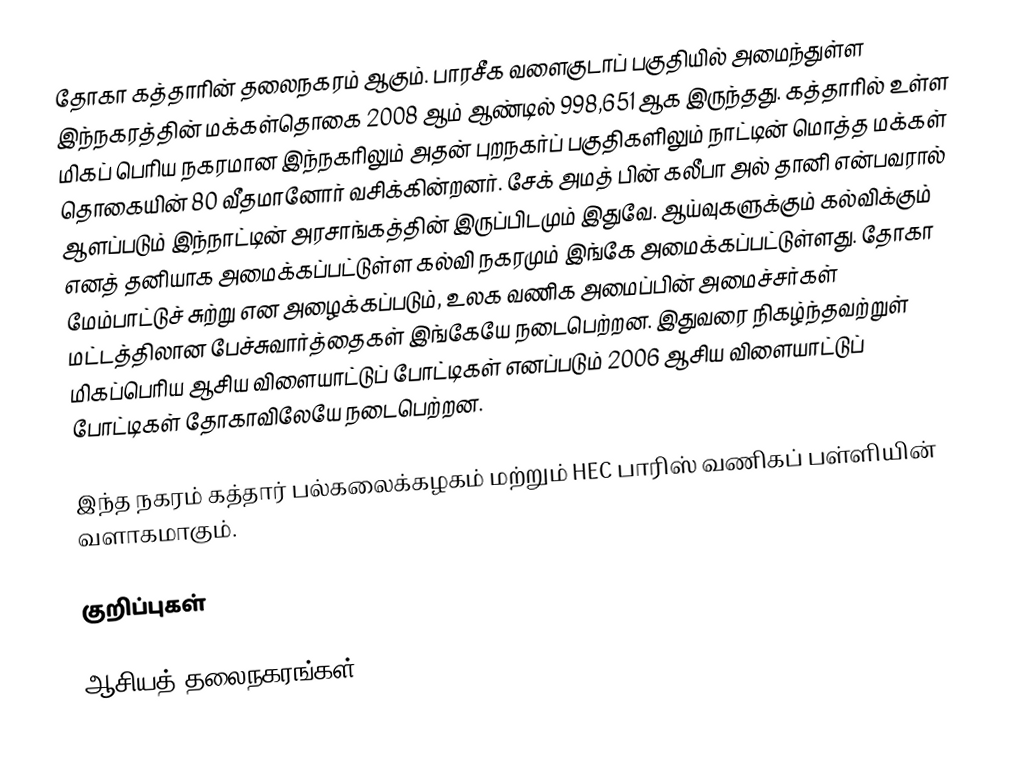
தோகா கத்தாரின் தலைநகரம் ஆகும். பாரசீக வளைகுடாப் பகுதியில் அமைந்துள்ள இந்நகரத்தின் மக்கள்தொகை 2008 ஆம் ஆண்டில் 998,651 ஆக இருந்தது. கத்தாரில் உள்ள மிகப் பெரிய நகரமான இந்நகரிலும் அதன் புறநகர்ப் பகுதிகளிலும் நாட்டின் மொத்த மக்கள் தொகையின் 80 வீதமானோர் வசிக்கின்றனர். சேக் அமத் பின் கலீபா அல் தானி என்பவரால் ஆளப்படும் இந்நாட்டின் அரசாங்கத்தின் இருப்பிடமும் இதுவே. ஆய்வுகளுக்கும் கல்விக்கும் எனத் தனியாக அமைக்கப்பட்டுள்ள கல்வி நகரமும் இங்கே அமைக்கப்பட்டுள்ளது. தோகா மேம்பாட்டுச் சுற்று என அழைக்கப்படும், உலக வணிக அமைப்பின் அமைச்சர்கள் மட்டத்திலான பேச்சுவார்த்தைகள் இங்கேயே நடைபெற்றன. இதுவரை நிகழ்ந்தவற்றுள் மிகப்பெரிய ஆசிய விளையாட்டுப் போட்டிகள் எனப்படும் 2006 ஆசிய விளையாட்டுப் போட்டிகள் தோகாவிலேயே நடைபெற்றன.

இந்த நகரம் கத்தார் பல்கலைக்கழகம் மற்றும் HEC பாரிஸ் வணிகப் பள்ளியின் வளாகமாகும்.

குறிப்புகள்

ஆசியத் தலைநகரங்கள்